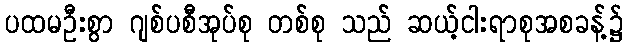
ပထမဦးစွာ ဂျစ်ပစီအုပ်စု တစ်စု သည် ဆယ့်ငါးရာစုအစခန့်၌